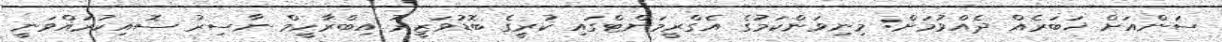
ސަންއަށް ޚަބަރެއް ދެއްވުމަށް: މިނިވަންކަމުގެ އެގްރީމަންޓްގައި ކުރީގެ ބޮޑުވަޒީރު އިބްރާހީމް ނާސިރު ސޮއިކުރައްވަނީ